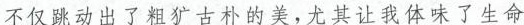
不仅跳动出了粗犷古朴的美，尤其让我体味了生命